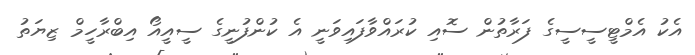
އެކު އެމްޓީސީސީގެ ފަރާތުން ސޮއި ކުރައްވާފައިވަނީ އެ ކުންފުނީގެ ސީއީއޯ އިބްރާހީމް ޒިޔަތު